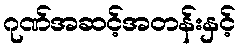
ဂုဏ်အဆင့်အတန်းနှင့်